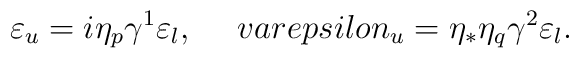
\varepsilon_u = i \eta_p \gamma^1 \varepsilon_l, \ \ \ \ \ \\varepsilon_u = \eta_* \eta_q \gamma^2 \varepsilon_l .